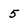
Character: 5